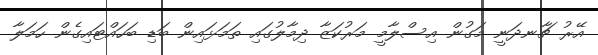
އޭރު ޗާނދަނީ މަގުން އިސްލާމީ މަރުކަޒާ ދިމާލުގައި ތަމަޅައިން ބަޑި ބަހައްޓައިގެން ހަމަލާ